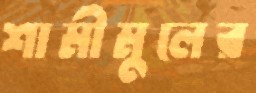
শামীমুলের